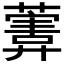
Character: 𱾩